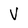
Character: V